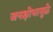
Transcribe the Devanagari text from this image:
जनक्षोभामुळे